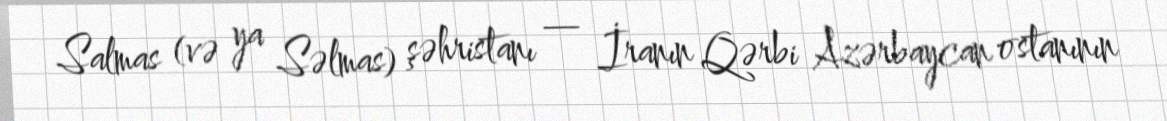
Salmas (və ya Səlmas) şəhristanı — İranın Qərbi Azərbaycan ostanının